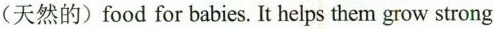
(天然的)food for babies. It helps them grow strong